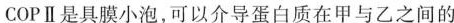
COPⅡ是具膜小泡，可以介导蛋白质在甲与乙之间的